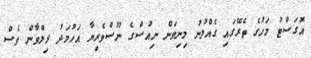
އޮގަސްޓު މަހުގެ ތެރޭގައި ގެއްލުނު މިނިވަން ނިއުސްގެ ނޫސްވެރިޔާ އަހުމަދު ރިލްވާން ވެސް